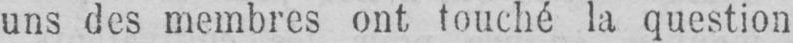
uns des membres ont touché la question